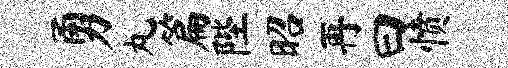
勇丸篇陛昭再曰愤